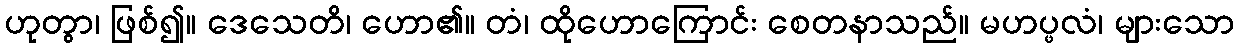
ဟုတွာ၊ ဖြစ်၍။ ဒေသေတိ၊ ဟော၏။ တံ၊ ထိုဟောကြောင်း စေတနာသည်။ မဟပ္ဖလံ၊ များသော